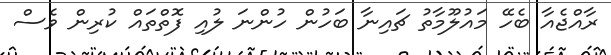
ރާއްޖެއާ ބެހޭ މައުލޫމާތު ޗައިނާ ބަހުން ހުންނަ ލުއި ފޮތްތައް ކުރިން ވެސް